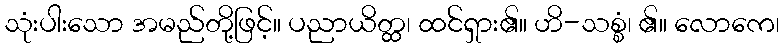
သုံးပါးသော အမည်တို့ဖြင့်။ ပညာယိတ္ထ၊ ထင်ရှား၏။ ဟိ-သစ္စံ၊ ၏။ လောကေ၊